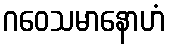
ဂဝေသမာနောဟံ